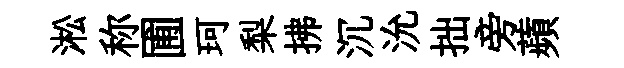
淞称圃珂梨拂沉沇拙旁蘋